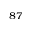
^ { 8 7 }